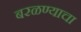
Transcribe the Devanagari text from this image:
बरळण्याचा